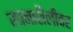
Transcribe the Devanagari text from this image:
रचनाशैलीवर